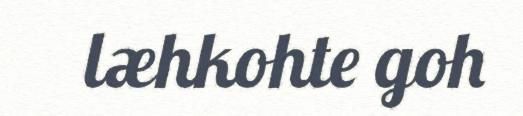
læhkohte goh